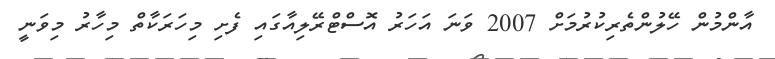
އާންމުން ހޭލުންތެރިކުރުމަށް 2007 ވަނަ އަހަރު އޮސްޓްރޭލިއާގައި ފެށި މިހަރަކާތް މިހާރު މިވަނީ